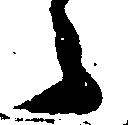
々